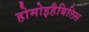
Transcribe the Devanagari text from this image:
होमोइहैबिलिस